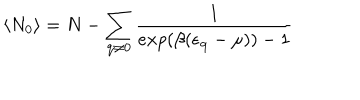
LaTeX: \langle N _ { 0 } \rangle = N - \sum _ { { \bf { q } } \neq 0 } \frac { 1 } { e x p ( \beta ( \epsilon _ { { \bf { q } } } - \mu ) ) - 1 }